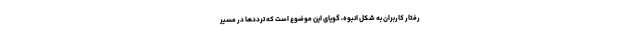
رفتار کاربران به شکل انبوه، گویای این موضوع است که ترددها در مسیر